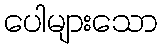
ပေါများသော